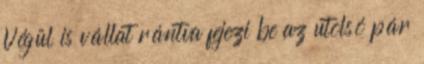
Végül is vállat rántva fejezi be az utolsó pár